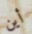
أين